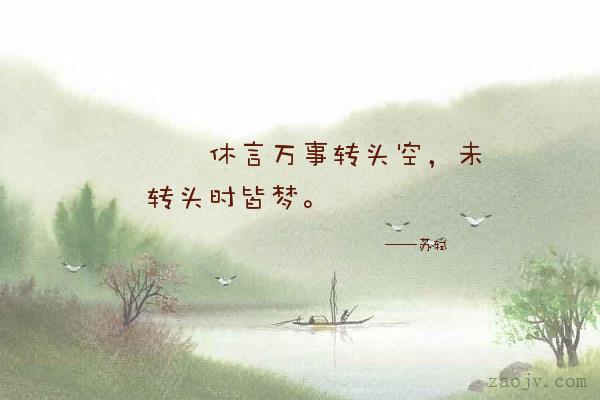
休言万事转头空，未转头时皆梦。